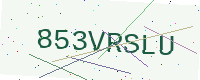
Text: 853VRSLU